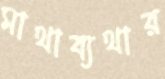
মাথাব্যথার